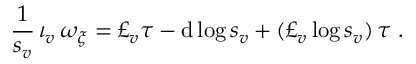
\frac { 1 } { s _ { v } } \, \iota _ { v } \, \omega _ { \xi } = \pounds _ { v } \tau - \mathrm { d } \log s _ { v } + ( \pounds _ { v } \log s _ { v } ) \, \tau \ .